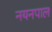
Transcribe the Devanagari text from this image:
नयनपाल